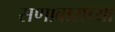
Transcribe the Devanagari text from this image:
सणावाराच्या